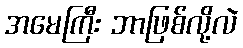
အမေကြီး ဘာဖြစ်လို့လဲ